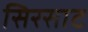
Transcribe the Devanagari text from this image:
सिरसाट